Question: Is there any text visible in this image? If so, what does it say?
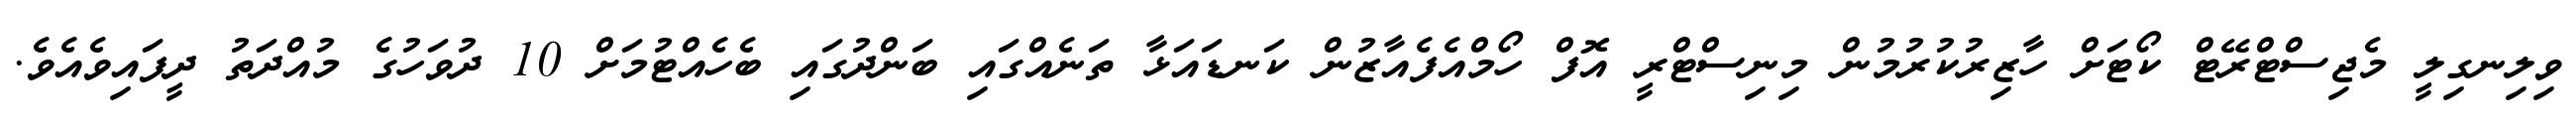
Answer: ވިލިނގިލީ މެޖިސްޓްރޭޓް ކޯޓަށް ހާޒިރުކުރުމުން މިނިސްޓްރީ އޮފް ހޯމްއެފެއާޒުން ކަނޑައަޅާ ތަނެއްގައި ބަންދުގައި ބެހެއްޓުމަށް 10 ދުވަހުގެ މުއްދަތު ދީފައިވެއެވެ.